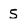
Character: S